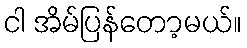
ငါ အိမ်ပြန်တော့မယ်။